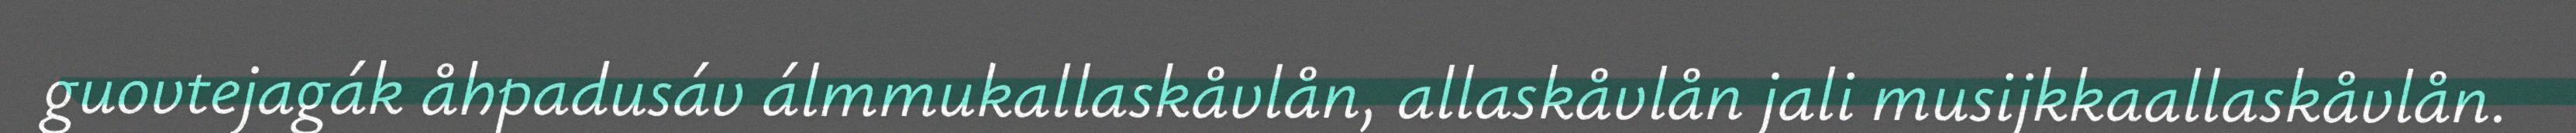
guovtejagák åhpadusáv álmmukallaskåvlån, allaskåvlån jali musijkkaallaskåvlån.